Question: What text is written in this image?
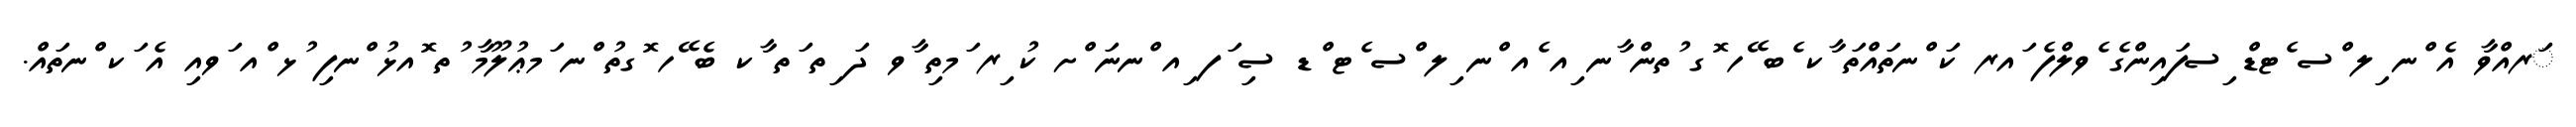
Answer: ަރއްވާ އެ ްނ ިލ ްސ ެޓޑް ިސފައިންގެ ެވލްފެ ައރ ކަ ްނތައްތަ ާކ ެބ ޭހ ޮގ ުތން ާނ ިއ ެއ ްނ ިލ ްސ ެޓ ްޑ ސި ަފ ިއ ްނނަ ްށ ކު ިރ ަމތި ާވ ދަ ިތ ަތ ާކ ބެ ޭހ ޮގތު ްނ ަމޢުލޫމާ ުތ ޮއޅު ްނފި ުޅ ްއ ަވއި އެ ަކ ްނތައް.